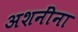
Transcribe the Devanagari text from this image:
अशनींना